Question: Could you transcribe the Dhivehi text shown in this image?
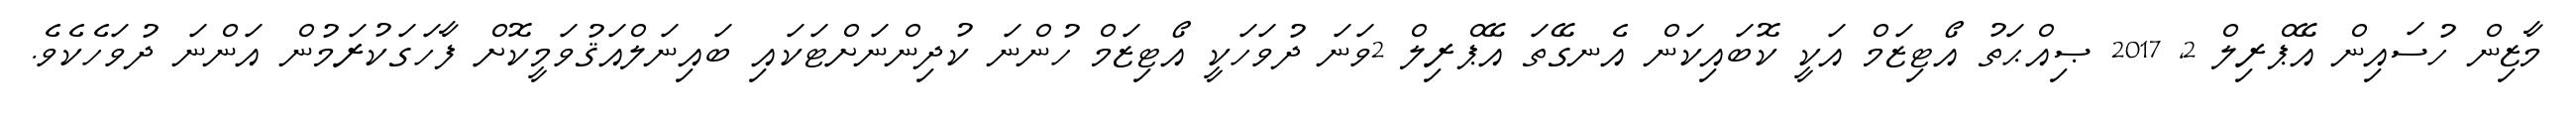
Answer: މާޒިން ހުސައިން އޭޕްރިލް 2, 2017 ޞިއްޙަތު އޯޓިޒަމް އަކީ ކޮބައިކަން އެނގޭތަ އޭޕްރިލް 2ވަނަ ދުވަހަކީ އޯޓިޒަމް ހުންނަ ކުދިންނަށްޓަކައި ބައިނަލްއަޤުވަމީކޮށް ފާހަގަކުރަމުން އަންނަ ދުވަހެކެވެ.